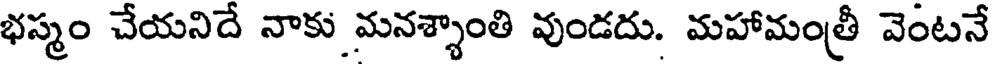
భస్మం చేయనిదే నాకు మనశ్శాంతి వుండదు. మహామంత్రీ వెంటనే